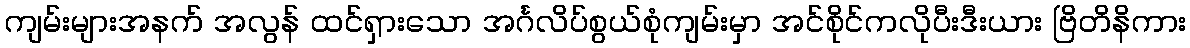
ကျမ်းများအနက် အလွန် ထင်ရှားသော အင်္ဂလိပ်စွယ်စုံကျမ်းမှာ အင်စိုင်ကလိုပီးဒီးယား ဗြိတိနိကား